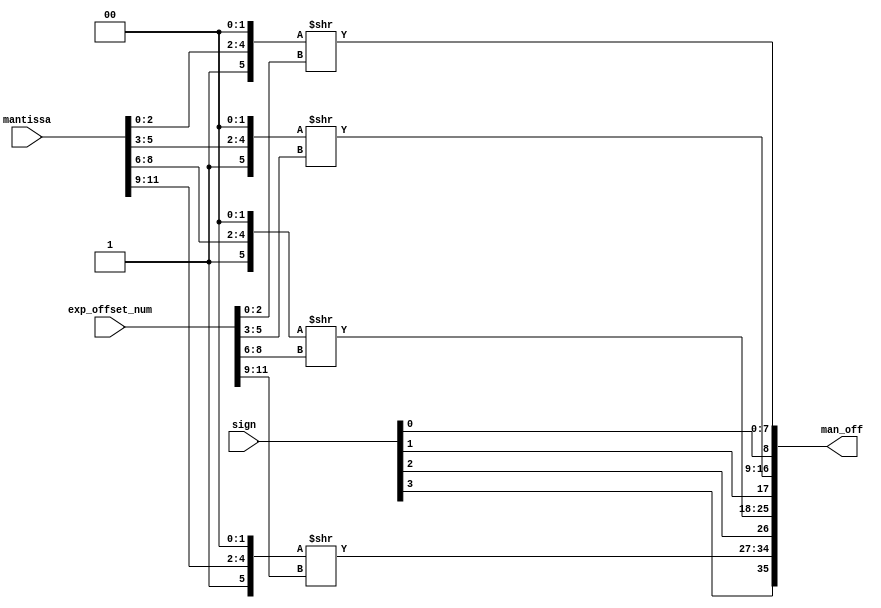
module man_shifter #(
  parameter expWidth   = 3,
  parameter sigWidth   = 3,
  parameter low_expand = 2
) (
  input  [             (expWidth*4-1) : 0] exp_offset_num,
  input  [             (sigWidth*4-1) : 0] mantissa,
  input  [                            3:0] sign,
  output [(sigWidth+4+low_expand)*4-1 : 0] man_off
);

  genvar i;
  generate
    for (i = 0; i < 4; i = i + 1) begin : ushifter0
      assign man_off[(sigWidth+4+low_expand)*(i+1)-2 : (sigWidth+4+low_expand)*i] = 
      {3'b001 , mantissa[sigWidth*i+sigWidth-1:sigWidth*i] , {low_expand{1'b0}}} >> exp_offset_num[expWidth*i+expWidth-1:expWidth*i];
    end
  endgenerate

  generate
    for (i = 0; i < 4; i = i + 1) begin : ushifter1
      assign man_off[(sigWidth+4+low_expand)*(i+1)-1] = sign[i];
    end
  endgenerate

endmodule